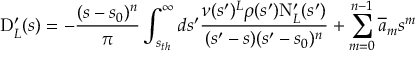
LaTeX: \mathrm { D } _ { L } ^ { \prime } ( s ) = - \frac { ( s - s _ { 0 } ) ^ { n } } { \pi } \int _ { s _ { t h } } ^ { \infty } d s ^ { \prime } \frac { \nu ( s ^ { \prime } ) ^ { L } \rho ( s ^ { \prime } ) \mathrm { N } _ { L } ^ { \prime } ( s ^ { \prime } ) } { ( s ^ { \prime } - s ) ( s ^ { \prime } - s _ { 0 } ) ^ { n } } + \sum _ { m = 0 } ^ { n - 1 } \overline { { a } } _ { m } s ^ { m }